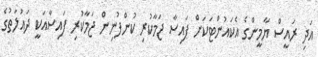
އަދި ރައީސް ޔާމީންގެ އެކައުންޓަކަށް ފައިސާ ޖަމާކުރި ކުންފުނިން ޖަމާކުރި ފައިސާއަކީ ދައުލަތުގެ